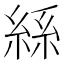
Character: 𮈔